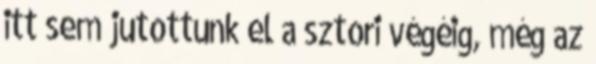
itt sem jutottunk el a sztori végéig, még az